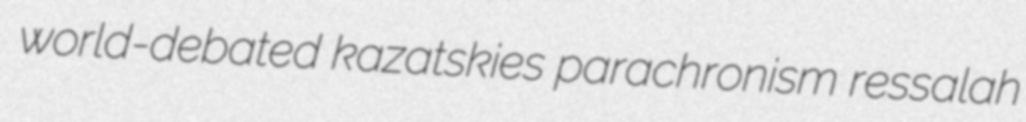
world-debated kazatskies parachronism ressalah